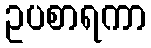
ဥပစာရကာ